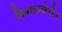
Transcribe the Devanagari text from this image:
विवाहाखेरीज